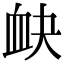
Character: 𧖫